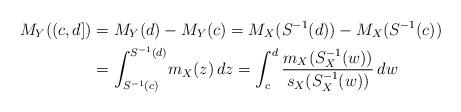
LaTeX: \begin{align*}M_Y((c,d])&=M_Y(d)-M_Y(c)=M_X(S^{-1}(d))-M_X(S^{-1}(c))\\&=\int_{S^{-1}(c)}^{S^{-1}(d)}\!m_X(z)\,dz=\int_c^d \frac{m_X(S_X^{-1}(w))}{s_X(S_X^{-1}(w))}\,dw\end{align*}